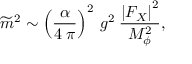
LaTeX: \widetilde { m } ^ { 2 } \sim \left( \frac { \alpha } { 4 \: \pi } \right) ^ { 2 } \: g ^ { 2 } \: \frac { \left| F _ { X } \right| ^ { 2 } } { M _ { \phi } ^ { 2 } } ,